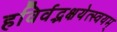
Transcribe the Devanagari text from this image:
हविर्वद्भक्षयेत्स्वयम्